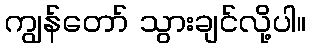
ကျွန်တော် သွားချင်လို့ပါ။